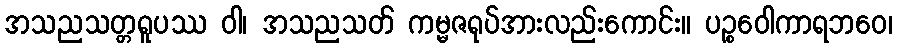
အသညသတ္တရူပဿ ဝါ၊ အသညသတ် ကမ္မဇရုပ်အားလည်းကောင်း။ ပဉ္စဝေါကာရဘဝေ၊